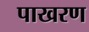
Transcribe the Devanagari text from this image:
पाखरण